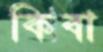
কিবা